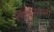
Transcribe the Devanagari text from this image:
२०१६साली